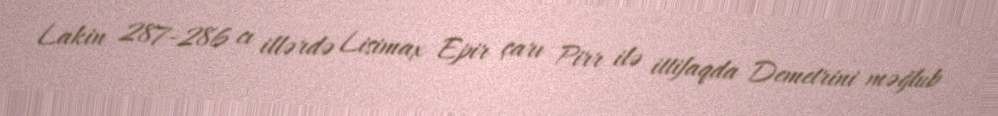
Lakin 287-286 cı illərdə Lisimax Epir çarı Pirr ilə ittifaqda Demetrini məğlub